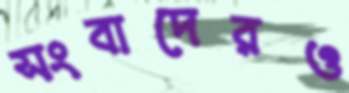
সংবাদেরও